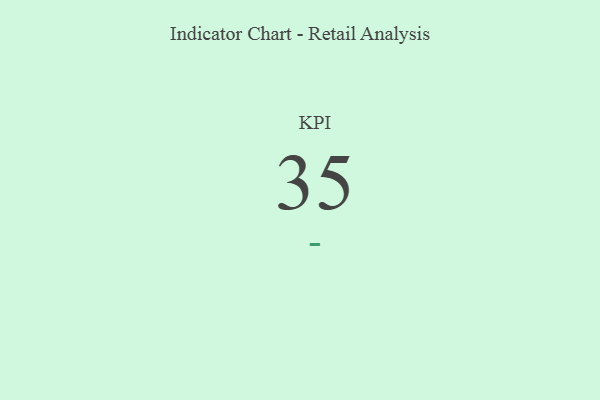
{"axis": {"x": "KPI", "y": "Value"}, "legend": [""], "data": [{"x": "KPI", "y": 35, "type": ""}]}